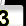
Digit: 3